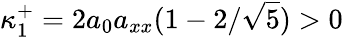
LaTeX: \kappa_{1}^{+}=2a_{0}a_{xx}(1-2/\sqrt{5})>0